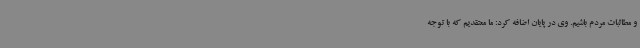
و مطالبات مردم باشیم. وی در پایان اضافه کرد: ما معتقدیم که با توجه